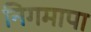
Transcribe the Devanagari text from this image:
निगमापा